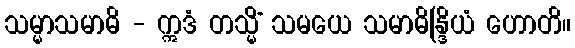
သမ္မာသမာဓိ - ဣဒံ တသ္မိံ သမယေ သမာဓိန္ဒြိယံ ဟောတိ။